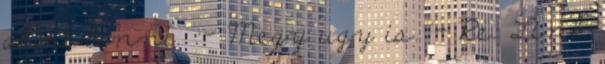
akart lenni. :- Megy ugy is. - Re: Link